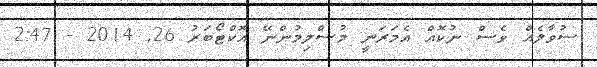
ސުވާލެއް ވެސް ނުކޮއް އެމަރަނީ މުސްލިމުންނޭ އޮކްޓޯބަރު 26